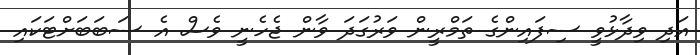
އަދި ވިދާޅުވީ ސިފައިންގެ ތަމްރީން ވަރުގަދަ ވާން ޖެހެނީ ވެސް އެ ސަބަބަށްޓަކައި